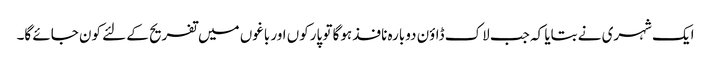
ایک شہری نے بتایا کہ جب لاک ڈاؤن دوبارہ نافذ ہوگا تو پارکوں اور باغوں میں تفریح کے لئے کون جائے گا۔